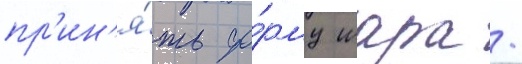
пр'ин'я́ть фо́рму шара /